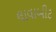
લાવાબીટ